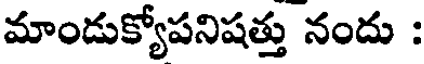
మాండుక్యోపనిషత్తు నందు :